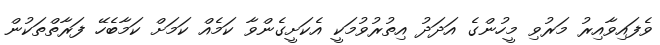
ވެފައިވާއިރު މަރުވި މީހުންގެ އަދަދު އިތުރުވުމަކީ އެކަށީގެންވާ ކަމެއް ކަމަށް ކަމާބެހޭ ފަރާތްތަކުން